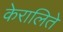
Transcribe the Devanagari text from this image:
केरालिते